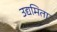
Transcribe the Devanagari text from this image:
उद्यमिता